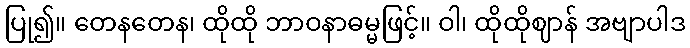
ပြု၍။ တေနတေန၊ ထိုထို ဘာဝနာဓမ္မဖြင့်။ ဝါ၊ ထိုထိုဈာန် အဗျာပါဒ